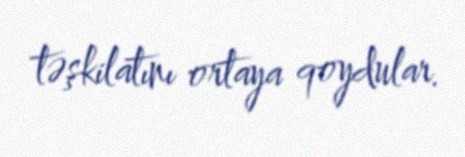
təşkilatını ortaya qoydular.